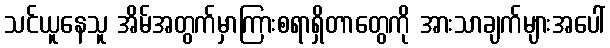
သင်ယူနေသူ အိမ်အတွက်မှာကြားစရာရှိတာတွေကို အားသာချက်များအပေါ်